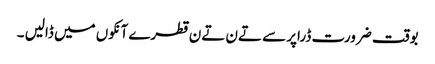
بوقت ضرورت ڈراپر سے تےن تےن قطرے آنکوں میں ڈالیں ۔